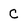
Character: C